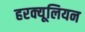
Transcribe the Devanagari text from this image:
हरक्यूलियन